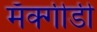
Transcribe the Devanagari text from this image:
मॅक्गीडी